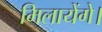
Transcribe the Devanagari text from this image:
मिलायेंगे।